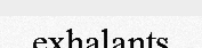
exhalants